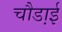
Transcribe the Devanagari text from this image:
चौडा़ई